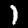
Digit: 1